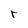
Character: r